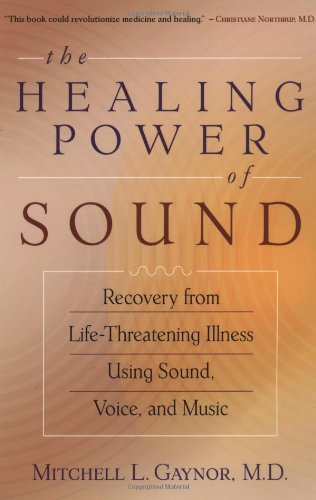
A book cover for The Healing Power of Sound: Recovery from Life-Threatening Illness Using Sound, Voice, and Music; Mitchell L. Gaynor MD; Health, Fitness & Dieting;